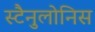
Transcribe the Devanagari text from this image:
स्टैनुलोनिस